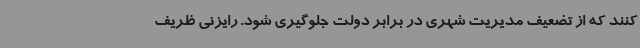
کنند که از تضعیف مدیریت شهری در برابر دولت جلوگیری شود. رایزنی ظریف